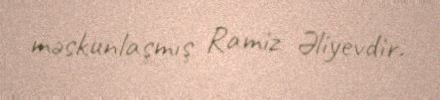
məskunlaşmış Ramiz Əliyevdir.